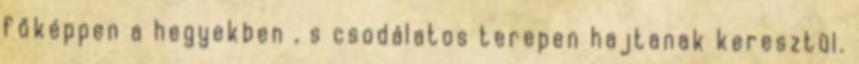
főképpen a hegyekben , s csodálatos terepen hajtanak keresztül.